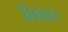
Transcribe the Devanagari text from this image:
सिनंदाज